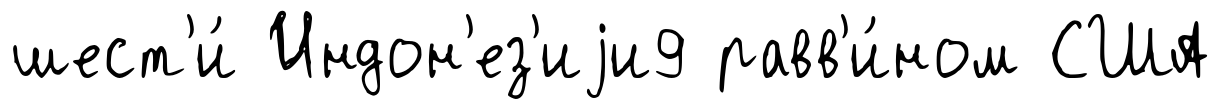
шест'и́ Индон'ез'иjи9 равв'и́ном США